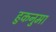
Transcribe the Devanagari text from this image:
हुकनुमा